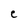
Character: e